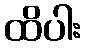
ထိပါး